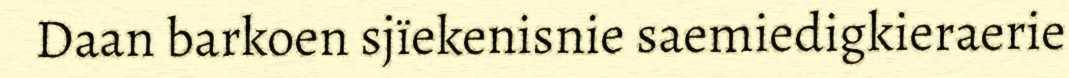
Daan barkoen sjïekenisnie saemiedigkieraerie